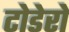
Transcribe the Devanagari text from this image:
टोडेरो